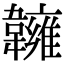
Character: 𩏨